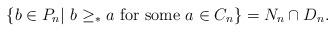
LaTeX: \begin{align*}\{b\in P_n |\ b\geq_{*} a\ {\rm for\ some}\ a\in C_n\}=N_n\cap D_n.\end{align*}